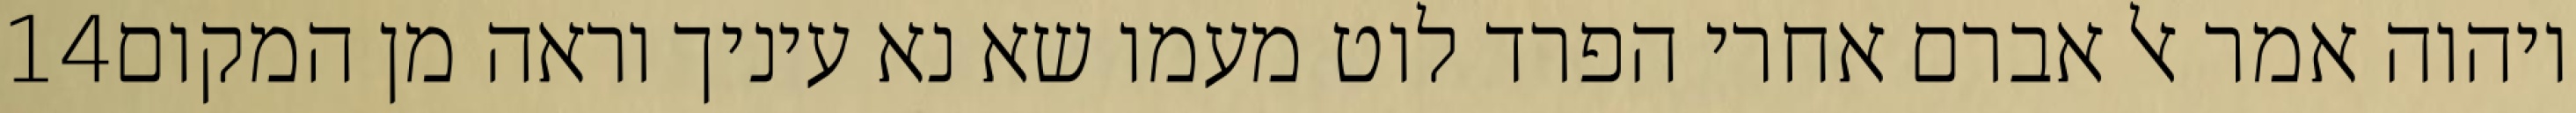
‎14‏ ויהוה אמר אל אברם אחרי הפרד לוט מעמו שא נא עיניך וראה מן המקום